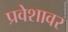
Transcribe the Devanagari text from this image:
प्रवेशावर